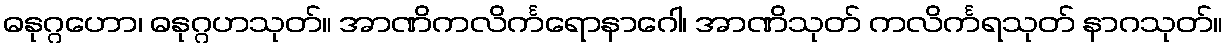
ဓနုဂ္ဂဟော၊ ဓနုဂ္ဂဟသုတ်။ အာဏိကလိင်္ကရောနာဂေါ၊ အာဏိသုတ် ကလိင်္ကရသုတ် နာဂသုတ်။